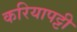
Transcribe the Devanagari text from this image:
करियापट्टी